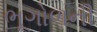
ભૂગોળની